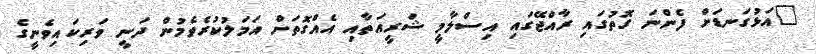
"އަޅުގަނޑަށް ފެންނަ ގޮތުގައި ރާއްޖޭގައި އިސްލާމީ ޝަރީއަތާއި އެއްގޮތަށް އަމަލުކުރެވެމުން ދަނީ ވަރިކައިވެނީގެ